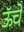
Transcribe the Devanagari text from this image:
ऊॅचे